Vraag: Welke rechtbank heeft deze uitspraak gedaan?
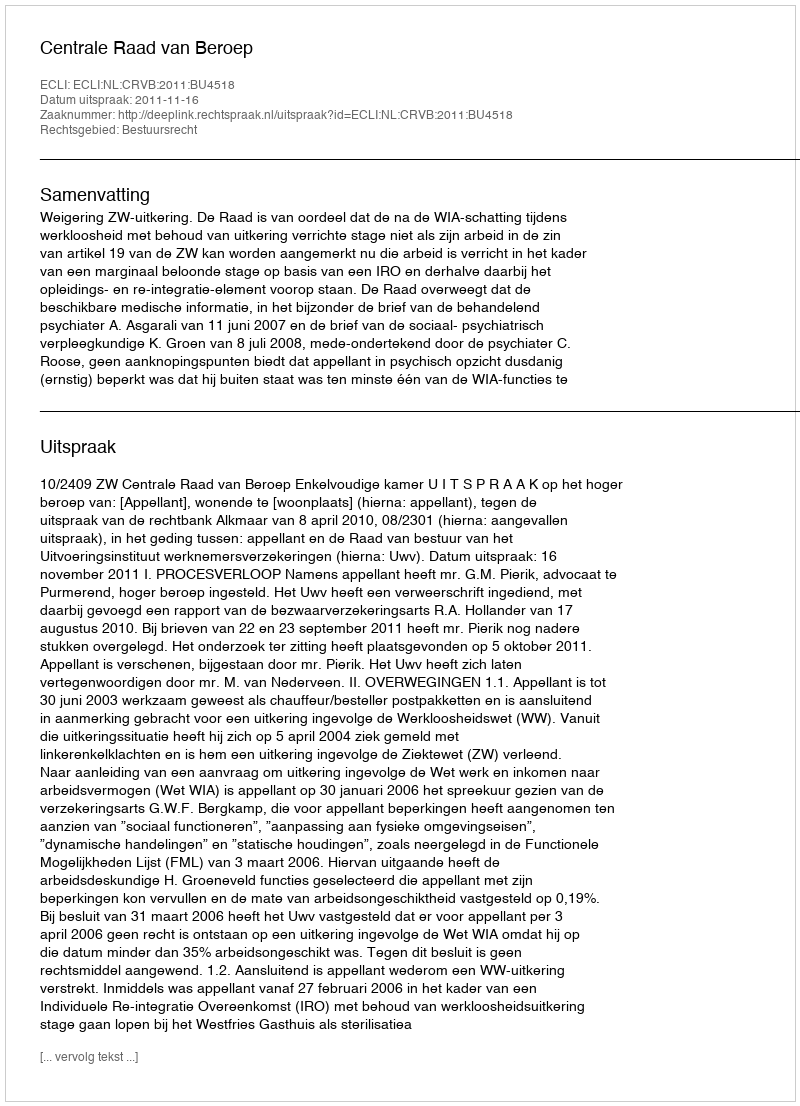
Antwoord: Centrale Raad van Beroep